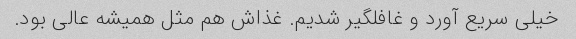
خیلی سریع آورد و غافلگیر شدیم. غذاش هم مثل همیشه عالی بود.